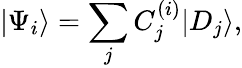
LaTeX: |\Psi_{i}\rangle=\sum_{j}C_{j}^{(i)}|D_{j}\rangle,